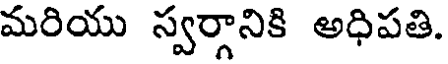
మరియు స్వర్గానికి అధిపతి.